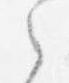
之